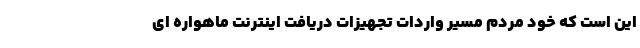
این است که خود مردم مسیر واردات تجهیزات دریافت اینترنت ماهواره ای